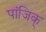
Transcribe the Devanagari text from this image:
पांजिक्